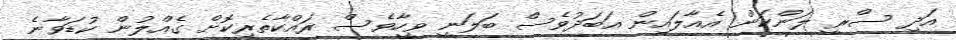
އަދި ސްރީ ލަންކަން އެއާލައިން އަބަދުވެސް ބަލަނީ ވީހާވެސް ރައްކާތެރިކޮށް ގެއްލުން ކުޑަވާނެ